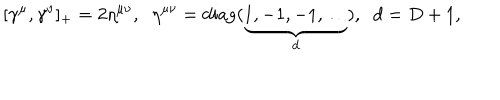
LaTeX: \lbrack \gamma ^ { \mu } , \gamma ^ { \nu } ] _ { + } = 2 \eta ^ { \mu \nu } , \; \; \eta ^ { \mu \nu } = \mathrm { d i a g } ( \underbrace { 1 , - 1 , - 1 , \ldots } _ { d } ) , \; \; d = D + 1 ,